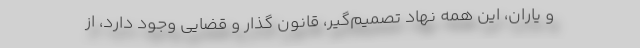
و یاران، این همه نهاد تصمیم‌گیر، قانون گذار و قضایی وجود دارد، از